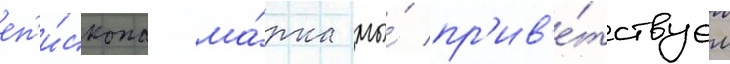
еп'и́скопа ма́рка мы́ пр'ив'е́тствуем